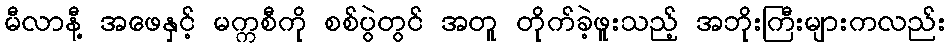
မီလာနီ့ အဖေနှင့် မက္ကစီကို စစ်ပွဲတွင် အတူ တိုက်ခဲ့ဖူးသည့် အဘိုးကြီးများကလည်း